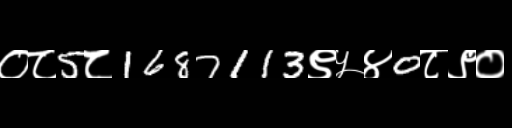
Text: ०८5८1687113९५४0८९०